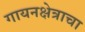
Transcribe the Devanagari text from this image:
गायनक्षेत्राचा